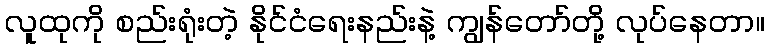
လူထုကို စည်းရုံးတဲ့ နိုင်ငံရေးနည်းနဲ့ ကျွန်တော်တို့ လုပ်နေတာ။